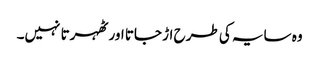
وہ سایہ کی طرح اڑ جاتا اور ٹھہرتا نہیں۔